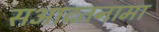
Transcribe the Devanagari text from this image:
सआदतनामा